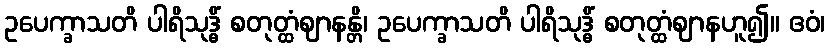
ဥပေက္ခာသတိ ပါရိသုဒ္ဓိံ စတုတ္ထံဈာနန္တိ၊ ဥပေက္ခာသတိ ပါရိသုဒ္ဓိံ စတုတ္ထံဈာနဟူ၍။ ဧဝံ၊